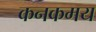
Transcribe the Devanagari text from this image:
कनकमय